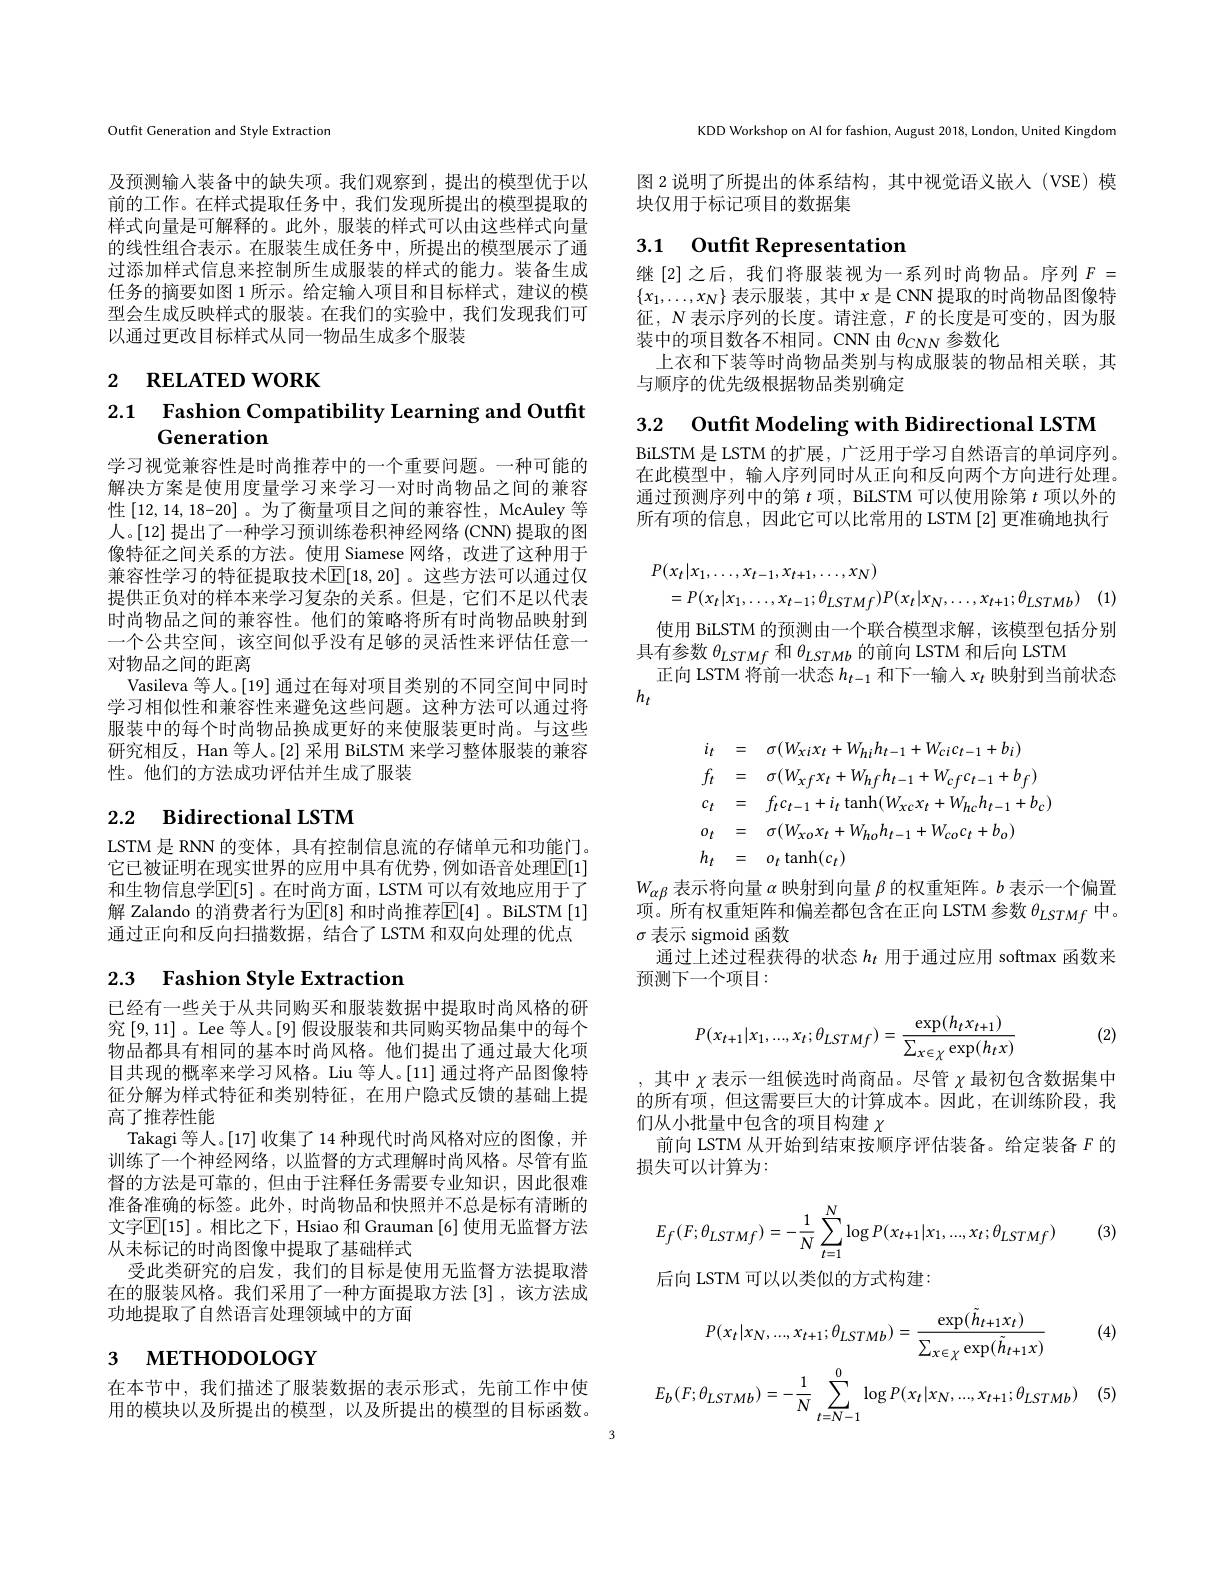
Outfit Generation and Style Extraction

及预测输入装备中的缺失项。我们观察到，提出的模型优于以前的工作。在样式提取任务中，我们发现所提出的模型提取的样式向量是可解释的。此外，服装的样式可以由这些样式向量的线性组合表示。在服装生成任务中，所提出的模型展示了通过添加样式信息来控制所生成服装的样式的能力。装备生成任务的摘要如图 1 所示。给定输入项目和目标样式，建议的模型会生成反映样式的服装。在我们的实验中，我们发现我们可以通过更改目标样式从同一物品生成多个服装

2 RELATED WORK

$\begin{array}{ll}2.1&\text{Fashion Compatibility Learning and Outfit}\\&\text{Generation}\end{array}$

学习视觉兼容性是时尚推荐中的一个重要问题。一种可能的解决方案是使用度量学习来学习一对时尚物品之间的兼容性[12,14,18-20] 。为了衡量项目之间的兼容性，McAuley 等人。[12] 提出了一种学习预训练卷积神经网络 (CNN) 提取的图像特征之间关系的方法。使用 Siamese 网络，改进了这种用于兼容性学习的特征提取技术$\mathbb{E}[18,20]$ 。这些方法可以通过仅提供正负对的样本来学习复杂的关系。但是，它们不足以代表时尚物品之间的兼容性。他们的策略将所有时尚物品映射到一个公共空间，该空间似乎没有足够的灵活性来评估任意一对物品之间的距离
Vasileva 等人。[19] 通过在每对项目类别的不同空间中同时学习相似性和兼容性来避免这些问题。这种方法可以通过将服装中的每个时尚物品换成更好的来使服装更时尚。与这些研究相反，Han 等人。[2] 采用 BiLSTM 来学习整体服装的兼容性。他们的方法成功评估并生成了服装

## 2.2 $\textbf{Bidirectional LSTM}$

LSTM 是 RNN 的变体，具有控制信息流的存储单元和功能门。它已被证明在现实世界的应用中具有优势，例如语音处理$\boxed{\mathbb{E}}[1]$ 和生物信息学$\overline{\mathbb{E}}[5]$。在时尚方面，LSTM 可以有效地应用于了解 Zalando 的消费者行为$\operatorname{E}[8]$ 和时尚推荐$\operatorname{E}[4]$ 。BiLSTM [1] 通过正向和反向扫描数据，结合了 LSTM 和双向处理的优点

# 2.3 Fashion Style Extraction

已经有一些关于从共同购买和服装数据中提取时尚风格的研究[9,11]。Lee 等人。[9]假设服装和共同购买物品集中的每个物品都具有相同的基本时尚风格。他们提出了通过最大化项目共现的概率来学习风格。Liu 等人。[11]通过将产品图像特征分解为样式特征和类别特征，在用户隐式反馈的基础上提高了推荐性能
Takagi 等人。[17]收集了 14 种现代时尚风格对应的图像，并训练了一个神经网络，以监督的方式理解时尚风格。尽管有监督的方法是可靠的，但由于注释任务需要专业知识，因此很难准备准确的标签。此外，时尚物品和快照并不总是标有清晰的文字$\mathbb{E}[15]$。相比之下，Hsiao 和 Grauman [6] 使用无监督方法从未标记的时尚图像中提取了基础样式
受此类研究的启发，我们的目标是使用无监督方法提取潜在的服装风格。我们采用了一种方面提取方法[3],该方法成功地提取了自然语言处理领域中的方面

# $_{3}$ мЕтнорогобҮ

在本节中，我们描述了服装数据的表示形式，先前工作中使用的模块以及所提出的模型，以及所提出的模型的目标函数。

KDD Workshop on Al for fashion, August 2018, London, United Kingdom

图 2 说明了所提出的体系结构，其中视觉语义嵌人(VSE) 模
块仅用于标记项目的数据集

# 3.1 Outfit Representation

继[2]之后，我们将服装视为一系列时尚物品。序列$F=$ $\{x_1,\ldots,x_N\}$表示服装 , 其中$x$是 CNN 提取的时尚物品图像特征，$N$表示序列的长度。请注意，$F$的长度是可变的，因为服装中的项目数各不相同。CNN由$\theta_{CNN}$参数化
上衣和下装等时尚物品类别与构成服装的物品相关联，其
与顺序的优先级根据物品类别确定

3.2 Outfit Modeling with Bidirectional LSTM

BiLSTM 是 LSTM 的扩展，广泛用于学习自然语言的单词序列。在此模型中，输入序列同时从正向和反向两个方向进行处理。通过预测序列中的第$t$项 , BiLSTM 可以使用除第$t$项以外的所有项的信息，因此它可以比常用的 LSTM [2]更准确地执行
$$\begin{aligned}&P(x_{t}|x_{1},\ldots,x_{t-1},x_{t+1},\ldots,x_{N})\\&=P(x_{t}|x_{1},\ldots,x_{t-1};\theta_{LSTMf})P(x_{t}|x_{N},\ldots,x_{t+1};\theta_{LSTMb})\quad(1)\end{aligned}$$
使用 BiLSTM 的预测由一个联合模型求解，该模型包括分别
具有参数$\theta_{LSTMf}$和$\theta_{LSTMb}$的前向 LSTM 和后向 LSTM
正向 LSTM 将前一状态$h_{t-1}$和下一输人$x_t$映射到当前状态
$h_t$
$$\begin{aligned}&i_{t}&&=\quad\sigma(W_{xi}x_{t}+W_{hi}h_{t-1}+W_{ci}c_{t-1}+b_{i})\\&f_{t}&&=\quad\sigma(W_{xf}x_{t}+W_{hf}h_{t-1}+W_{cf}c_{t-1}+b_{f})\\&c_{t}&&=\quad f_{t}c_{t-1}+i_{t}\:\mathrm{tanh}(W_{xc}x_{t}+W_{hc}h_{t-1}+b_{c})\\&o_{t}&&=\quad\sigma(W_{xo}x_{t}+W_{ho}h_{t-1}+W_{co}c_{t}+b_{o})\\&h_{t}&&=\quad o_{t}\:\mathrm{tanh}(c_{t})\end{aligned}$$
$W_{\alpha\beta}$表示将向量$\alpha$映射到向量$\beta$的权重矩阵。$b$表示一个偏置项。所有权重矩阵和偏差都包含在正向 LSTM 参数$\theta_{LSTMf}$中。$\sigma$表示 sigmoid 函数
通过上述过程获得的状态$h_t$用于通过应用 softmax 函数来
预测下一个项目：

(2)
$$P(x_{t+1}|x_1,...,x_t;\theta_{LSTMf})=\frac{\exp(h_tx_{t+1})}{\sum_{x\in\chi}\exp(h_tx)}$$
,其中$\chi$表示一组候选时尚商品。尽管$\chi$最初包含数据集中的所有项，但这需要巨大的计算成本。因此，在训练阶段，我们从小批量中包含的项目构建$\chi$
前向 LSTM 从开始到结束按顺序评估装备。给定装备$F$的
损失可以计算为：
$$E_{f}(F;\theta_{LSTMf})=-\frac{1}{N}\sum_{t=1}^{N}\log P(x_{t+1}|x_{1},...,x_{t};\theta_{LSTMf})$$
(3)

后向 LSTM 可以以类似的方式构建：

(4)
$$P(x_t|x_N,...,x_{t+1};\theta_{LSTMb})=\frac{\exp(\tilde{h}_{t+1}x_t)}{\sum_{x\in\chi}\exp(\tilde{h}_{t+1}x)}$$
$$E_{b}(F;\theta_{LSTMb})=-\frac{1}{N}\sum_{t=N-1}^{0}\log P(x_{t}|x_{N},...,x_{t+1};\theta_{LSTMb})$$